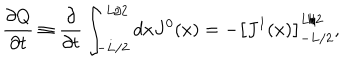
{ \frac { \partial Q } { \partial t } } \equiv { \frac { \partial } { \partial t } } \int _ { - L / 2 } ^ { L / 2 } d x J ^ { 0 } ( x ) = - \left[ J ^ { 1 } ( x ) \right] _ { - L / 2 } ^ { L / 2 } ,